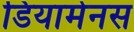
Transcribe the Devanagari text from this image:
डियामेनस